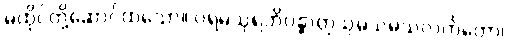
မထိုင်တို့ဆောင်ထသော။ ပရမသုရဘိဝန္ဓာတုသုမသမသလင်္ကတော၊